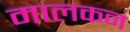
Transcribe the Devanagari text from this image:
मालकन